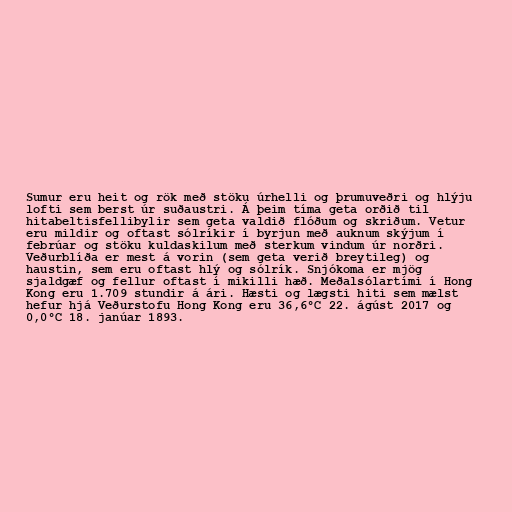
Sumur eru heit og rök með stöku úrhelli og þrumuveðri og hlýju
lofti sem berst úr suðaustri. Á þeim tíma geta orðið til
hitabeltisfellibylir sem geta valdið flóðum og skriðum. Vetur
eru mildir og oftast sólríkir í byrjun með auknum skýjum í
febrúar og stöku kuldaskilum með sterkum vindum úr norðri.
Veðurblíða er mest á vorin (sem geta verið breytileg) og
haustin, sem eru oftast hlý og sólrík. Snjókoma er mjög
sjaldgæf og fellur oftast í mikilli hæð. Meðalsólartími í Hong
Kong eru 1.709 stundir á ári. Hæsti og lægsti hiti sem mælst
hefur hjá Veðurstofu Hong Kong eru 36,6°C 22. ágúst 2017 og
0,0°C 18. janúar 1893.